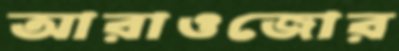
আরাওজোর